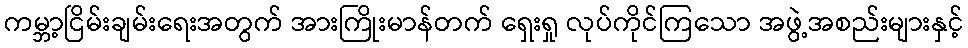
ကမ္ဘာ့ငြိမ်းချမ်းရေးအတွက် အားကြိုးမာန်တက် ရှေးရှု လုပ်ကိုင်ကြသော အဖွဲ့အစည်းများနှင့်